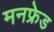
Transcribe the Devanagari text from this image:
मनफ्रेड